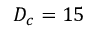
D _ { c } = 1 5